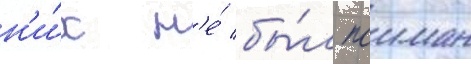
н'и́х н'е́ бы́л поиман